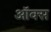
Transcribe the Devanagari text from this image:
ऑक्‍स